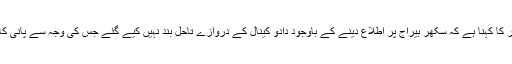
ڈی ایس ریلوے سکھر کا کہنا ہے کہ سکھر بیراج پر اطلاع دینے کے باوجود دادو کینال کے دروازے تاحل بند نہیں کیے گئے جس کی وجہ سے پانی کا تیز بہاؤ جاری ہے ۔